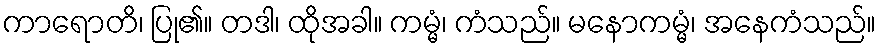
ကာရောတိ၊ ပြု၏။ တဒါ၊ ထိုအခါ။ ကမ္မံ၊ ကံသည်။ မနောကမ္မံ၊ အနေကံသည်။